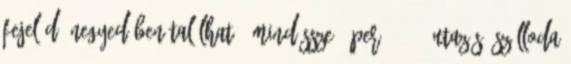
fejelődő negyedében található, mindössze 5 per. 26288 Utazás, szálloda